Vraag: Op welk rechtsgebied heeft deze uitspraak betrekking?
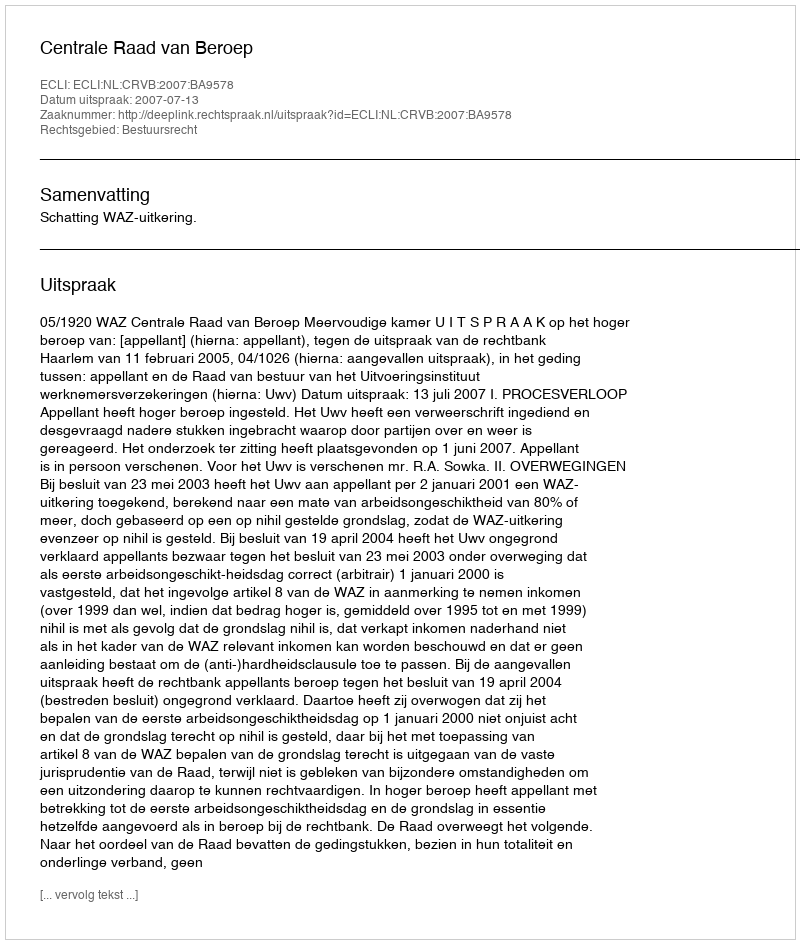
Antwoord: Bestuursrecht